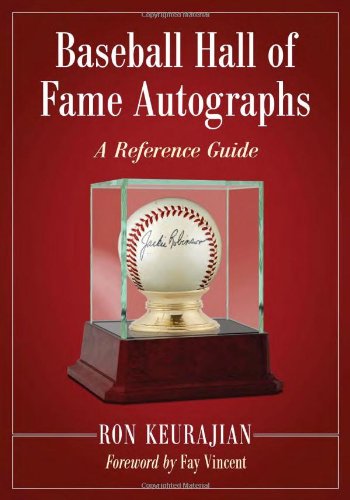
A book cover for Baseball Hall of Fame Autographs: A Reference Guide; Ron Keurajian; Crafts, Hobbies & Home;